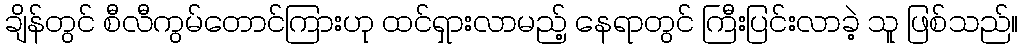
ချိန်တွင် စီလီကွမ်တောင်ကြားဟု ထင်ရှားလာမည့် နေရာတွင် ကြီးပြင်းလာခဲ့ သူ ဖြစ်သည်။